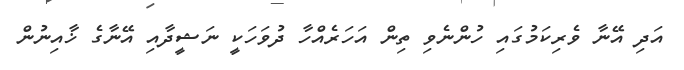
އަދި އޭނާ ވެރިކަމުގައި ހުންނެވި ތިން އަހަރެއްހާ ދުވަހަކީ ނަޝީދާއި އޭނާގެ ޚާއިނުން